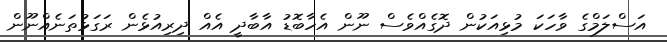
އަސްލަމްގެ ވާހަކަ މުޅިއަކުން ދޮގެއްވެސް ނޫން އެހާބޮޑު އާބާދީ އެއް ދިރިއުޅެން ރަގަޅުތަނެއްނޫން